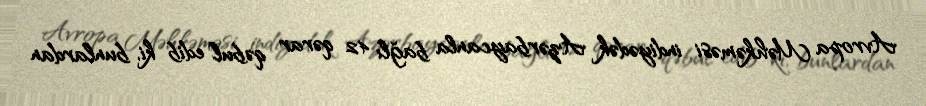
Avropa Məhkəməsi indiyədək Azərbaycanla bağlı 42 qərar qəbul edib ki, bunlardan